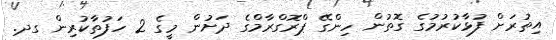
އިތުރަށް ފުޅާކުރުމުގެ ގޮތުން ހިންގޭ ޕްރޮގްރާމްގެ ދަށުން މީގެ 2 ހަފުތާކުރިން ގދ.